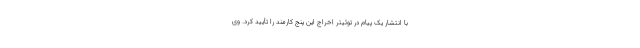
با انتشار یک پیام در توئیتر اخراج این پنج کارمند را تأیید کرد. وی